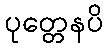
ပုတ္တေနပိ